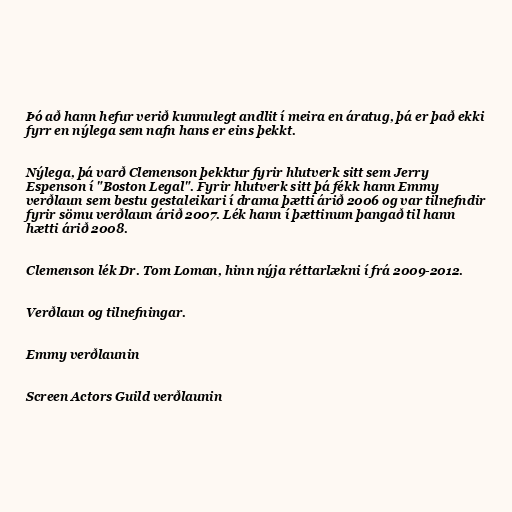
Þó að hann hefur verið kunnulegt andlit í meira en áratug, þá er það ekki
fyrr en nýlega sem nafn hans er eins þekkt.

Nýlega, þá varð Clemenson þekktur fyrir hlutverk sitt sem Jerry
Espenson í "Boston Legal". Fyrir hlutverk sitt þá fékk hann Emmy
verðlaun sem bestu gestaleikari í drama þætti árið 2006 og var tilnefndir
fyrir sömu verðlaun árið 2007. Lék hann í þættinum þangað til hann
hætti árið 2008.

Clemenson lék Dr. Tom Loman, hinn nýja réttarlækni í frá 2009-2012.

Verðlaun og tilnefningar.

Emmy verðlaunin

Screen Actors Guild verðlaunin